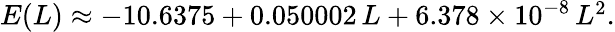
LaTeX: \begin{array}{r}{E(L)\approx-10.6375+0.050002\, L+6.378\times 10^{-8}\, L^{2}.}\end{array}